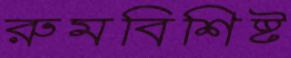
রুমবিশিষ্ট